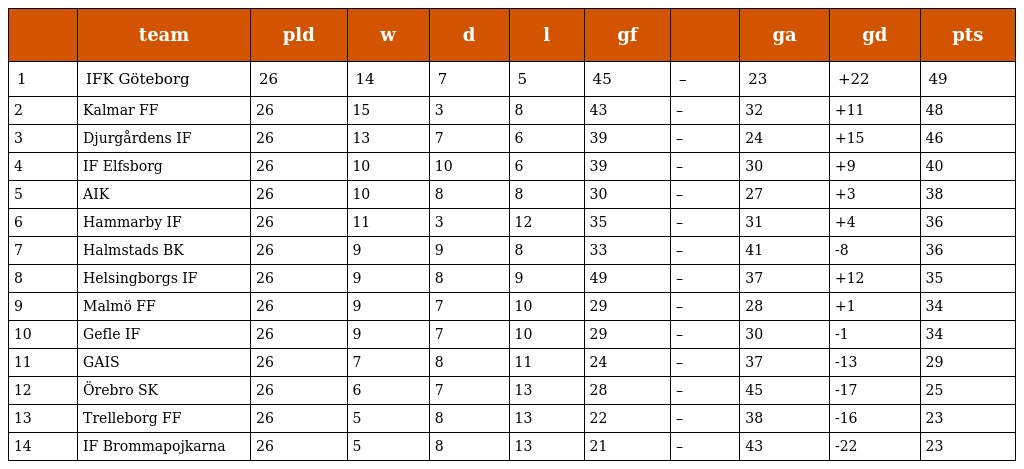
|  | team | pld | w | d | l | gf |  | ga | gd | pts |
 | --- | --- | --- | --- | --- | --- | --- | --- | --- | --- | --- |
 | 1 | IFK Göteborg | 26 | 14 | 7 | 5 | 45 | – | 23 | +22 | 49 |
 | 2 | Kalmar FF | 26 | 15 | 3 | 8 | 43 | – | 32 | +11 | 48 |
 | 3 | Djurgårdens IF | 26 | 13 | 7 | 6 | 39 | – | 24 | +15 | 46 |
 | 4 | IF Elfsborg | 26 | 10 | 10 | 6 | 39 | – | 30 | +9 | 40 |
 | 5 | AIK | 26 | 10 | 8 | 8 | 30 | – | 27 | +3 | 38 |
 | 6 | Hammarby IF | 26 | 11 | 3 | 12 | 35 | – | 31 | +4 | 36 |
 | 7 | Halmstads BK | 26 | 9 | 9 | 8 | 33 | – | 41 | -8 | 36 |
 | 8 | Helsingborgs IF | 26 | 9 | 8 | 9 | 49 | – | 37 | +12 | 35 |
 | 9 | Malmö FF | 26 | 9 | 7 | 10 | 29 | – | 28 | +1 | 34 |
 | 10 | Gefle IF | 26 | 9 | 7 | 10 | 29 | – | 30 | -1 | 34 |
 | 11 | GAIS | 26 | 7 | 8 | 11 | 24 | – | 37 | -13 | 29 |
 | 12 | Örebro SK | 26 | 6 | 7 | 13 | 28 | – | 45 | -17 | 25 |
 | 13 | Trelleborg FF | 26 | 5 | 8 | 13 | 22 | – | 38 | -16 | 23 |
 | 14 | IF Brommapojkarna | 26 | 5 | 8 | 13 | 21 | – | 43 | -22 | 23 |